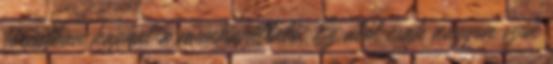
forintban kaphat a munkavállaló. Ez alól csak nagyon szűk